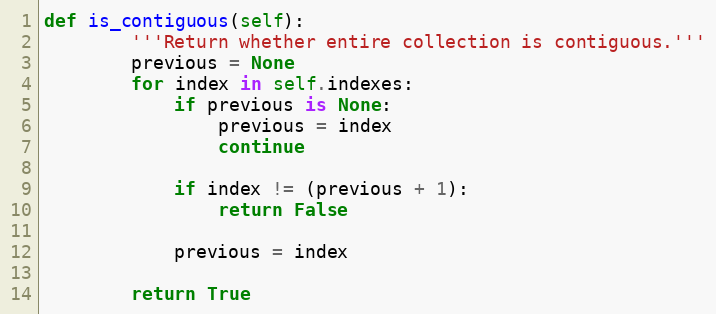
Language: Python
def is_contiguous(self):
        '''Return whether entire collection is contiguous.'''
        previous = None
        for index in self.indexes:
            if previous is None:
                previous = index
                continue

            if index != (previous + 1):
                return False

            previous = index

        return True